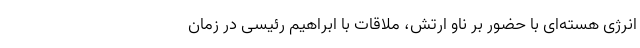
انرژی هسته‌ای با حضور بر ناو ارتش، ملاقات با ابراهیم رئیسی در زمان